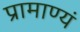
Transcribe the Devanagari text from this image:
प्रामाण्यं